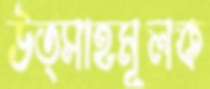
উত্সাহমূলক